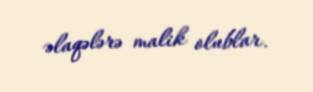
əlaqələrə malik olublar.